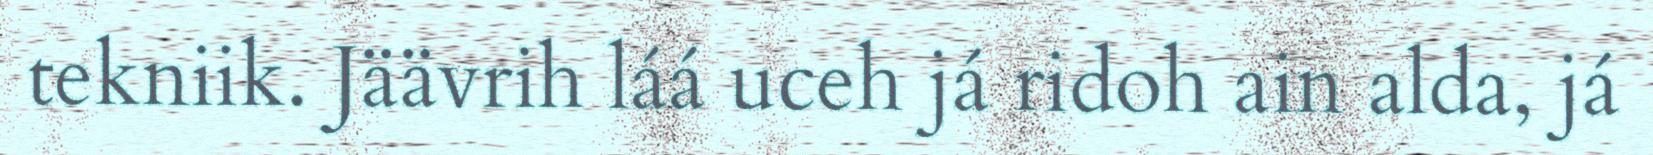
tekniik. Jäävrih láá uceh já ridoh ain alda, já